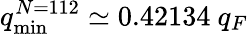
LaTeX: q_{\mathrm{min}}^{N=112}\simeq 0.42134~q_{F}